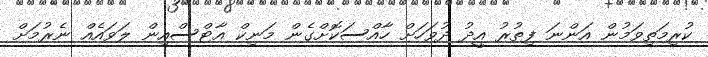
ކުރިމަތިވަމުން އަންނަ ފިތުރު އީދު ދުވަހަށް ހާއްސަކޮށްގެން މަނިކް އާޓްސްއިން ލަވައެއް ނެރުމަށް